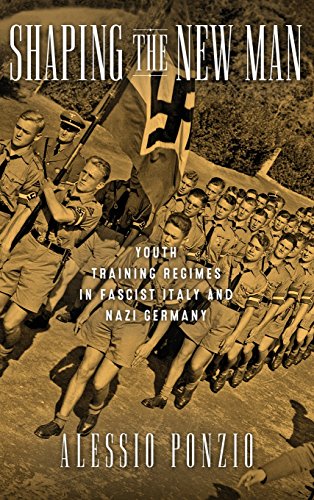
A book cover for Shaping the New Man: Youth Training Regimes in Fascist Italy and Nazi Germany (George L. Mosse Series); Alessio Ponzio; Gay & Lesbian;